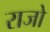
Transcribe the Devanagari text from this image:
राजो